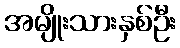
အမျိုးသားနှစ်ဦး